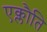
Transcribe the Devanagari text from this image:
एक्लौति